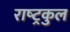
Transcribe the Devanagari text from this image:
राष्‍ट्रकुल